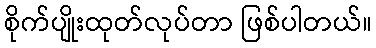
စိုက်ပျိုးထုတ်လုပ်တာ ဖြစ်ပါတယ်။